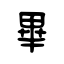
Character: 畢